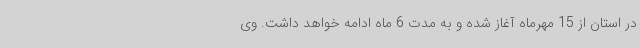
در استان از 15 مهرماه آغاز شده و به مدت 6 ماه ادامه خواهد داشت. وی